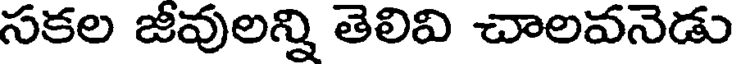
సకల జీవులన్ని తెలివి చాలవనెడు